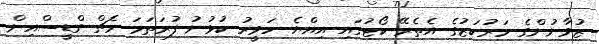
ޒުވާނުންގެ މަރުކަޒުގެ އެތެރޭ ކޯޓުގައި އިއްޔެ ހަވީރު ކުޅުނު ފުރަތަމަ މެޗް ގްޑީސްއިން